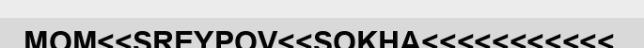
MOM<<SREYPOV<<SOKHA<<<<<<<<<<<